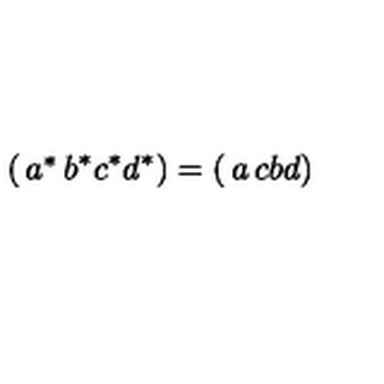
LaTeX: \left( \begin{matrix} { a ^ { * } } & { b ^ { * } } \\ { c ^ { * } } & { d ^ { * } } \\ \end{matrix} \right) = \left( \begin{matrix} { a } & { c } \\ { b } & { d } \\ \end{matrix} \right)